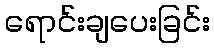
ရောင်းချပေးခြင်း